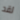
لقد